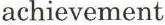
achievement